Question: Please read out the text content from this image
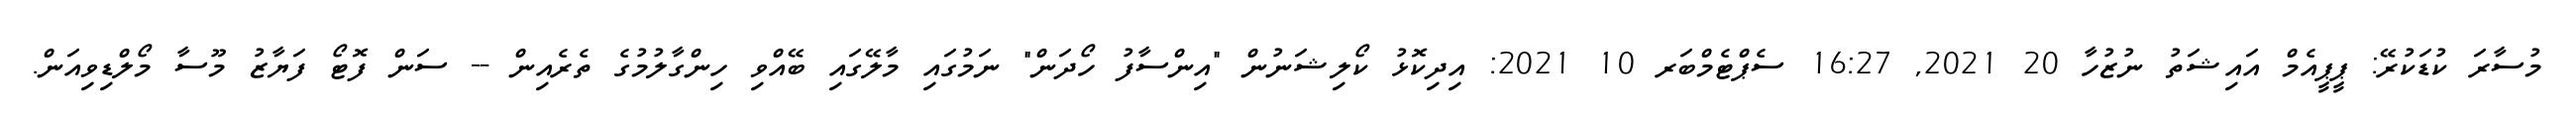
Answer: މުސާރަ ކުޑަކުރޭ: ޕީޕީއެމް އައިޝަތު ނުޒުހާ 20 2021, 16:27 ސެޕްޓެމްބަރ 10 2021: އިދިކޮޅު ކޯލިޝަނުން "އިންސާފު ހޯދަން" ނަމުގައި މާލޭގައި ބޭއްވި ހިންގާލުމުގެ ތެރެއިން -- ސަން ފޮޓޯ ފަޔާޒު މޫސާ މޯލްޑިވިއަން.